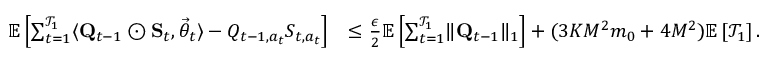
\begin{array} { r l } { \mathbb E \left[ \sum _ { t = 1 } ^ { \mathcal T _ { 1 } } \langle \mathbf Q _ { t - 1 } \odot \mathbf S _ { t } , \vec { \theta } _ { t } \rangle - Q _ { t - 1 , a _ { t } } S _ { t , a _ { t } } \right] } & { \le \frac \epsilon 2 \mathbb E \left[ \sum _ { t = 1 } ^ { \mathcal T _ { 1 } } \lVert \mathbf Q _ { t - 1 } \rVert _ { 1 } \right] + ( 3 K M ^ { 2 } m _ { 0 } + 4 M ^ { 2 } ) \mathbb E \left[ \mathcal T _ { 1 } \right] . } \end{array}